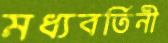
মধ্যবর্তিনী